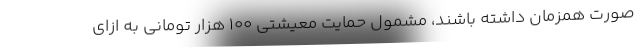
صورت همزمان داشته باشند، مشمول حمایت معیشتی ۱۰۰ هزار تومانی به ازای